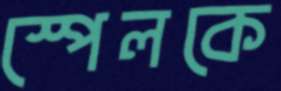
স্পেলকে